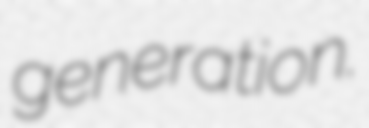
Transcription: generation.